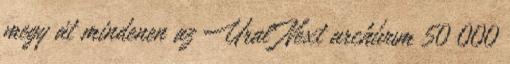
megy át mindenen az Ural Next archívum 50 000